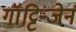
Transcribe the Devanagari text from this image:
गॉट्टिन्जेन